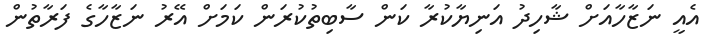
އެއީ ނަޒާހާއަށް ޝާހިދު އަނިޔާކުރާ ކަން ސާބިތުކުރަން ކަމަށް އޭރު ނަޒާހާގެ ފަރާތުން